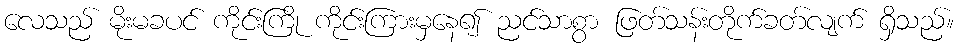
လေသည် မိုးမခပင် ကိုင်းကြို ကိုင်းကြားမှနေ၍ ညင်သာစွာ ဖြတ်သန်းတိုက်ခတ်လျက် ရှိသည်။